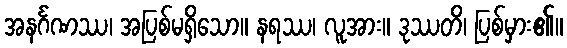
အနင်္ဂဏဿ၊ အပြစ်မရှိသော။ နရဿ၊ လူအား။ ဒုဿတိ၊ ပြစ်မှား၏။